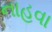
નાહવા